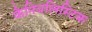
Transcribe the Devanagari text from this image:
कैनिबलिस्टिक